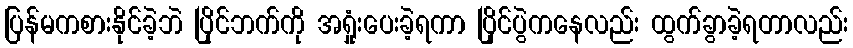
ပြန်မကစားနိုင်ခဲ့ဘဲ ပြိုင်ဘက်ကို အရှုံးပေးခဲ့ရကာ ပြိုင်ပွဲကနေလည်း ထွက်ခွာခဲ့ရတာလည်း